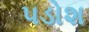
પડોશ